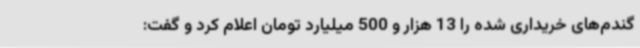
گندم‌های خریداری شده را 13 هزار و 500 میلیارد تومان اعلام کرد و گفت: